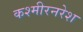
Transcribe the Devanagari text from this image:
कश्मीरनरेश